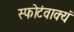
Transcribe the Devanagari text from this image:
स्फोटंवाक्यं